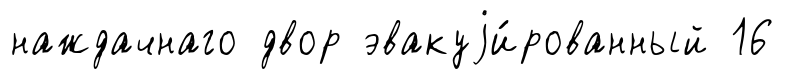
наждачнаго двор эвакуjи́рованный 16